Jaan_Tonisson_(Lasteleht), lk 67
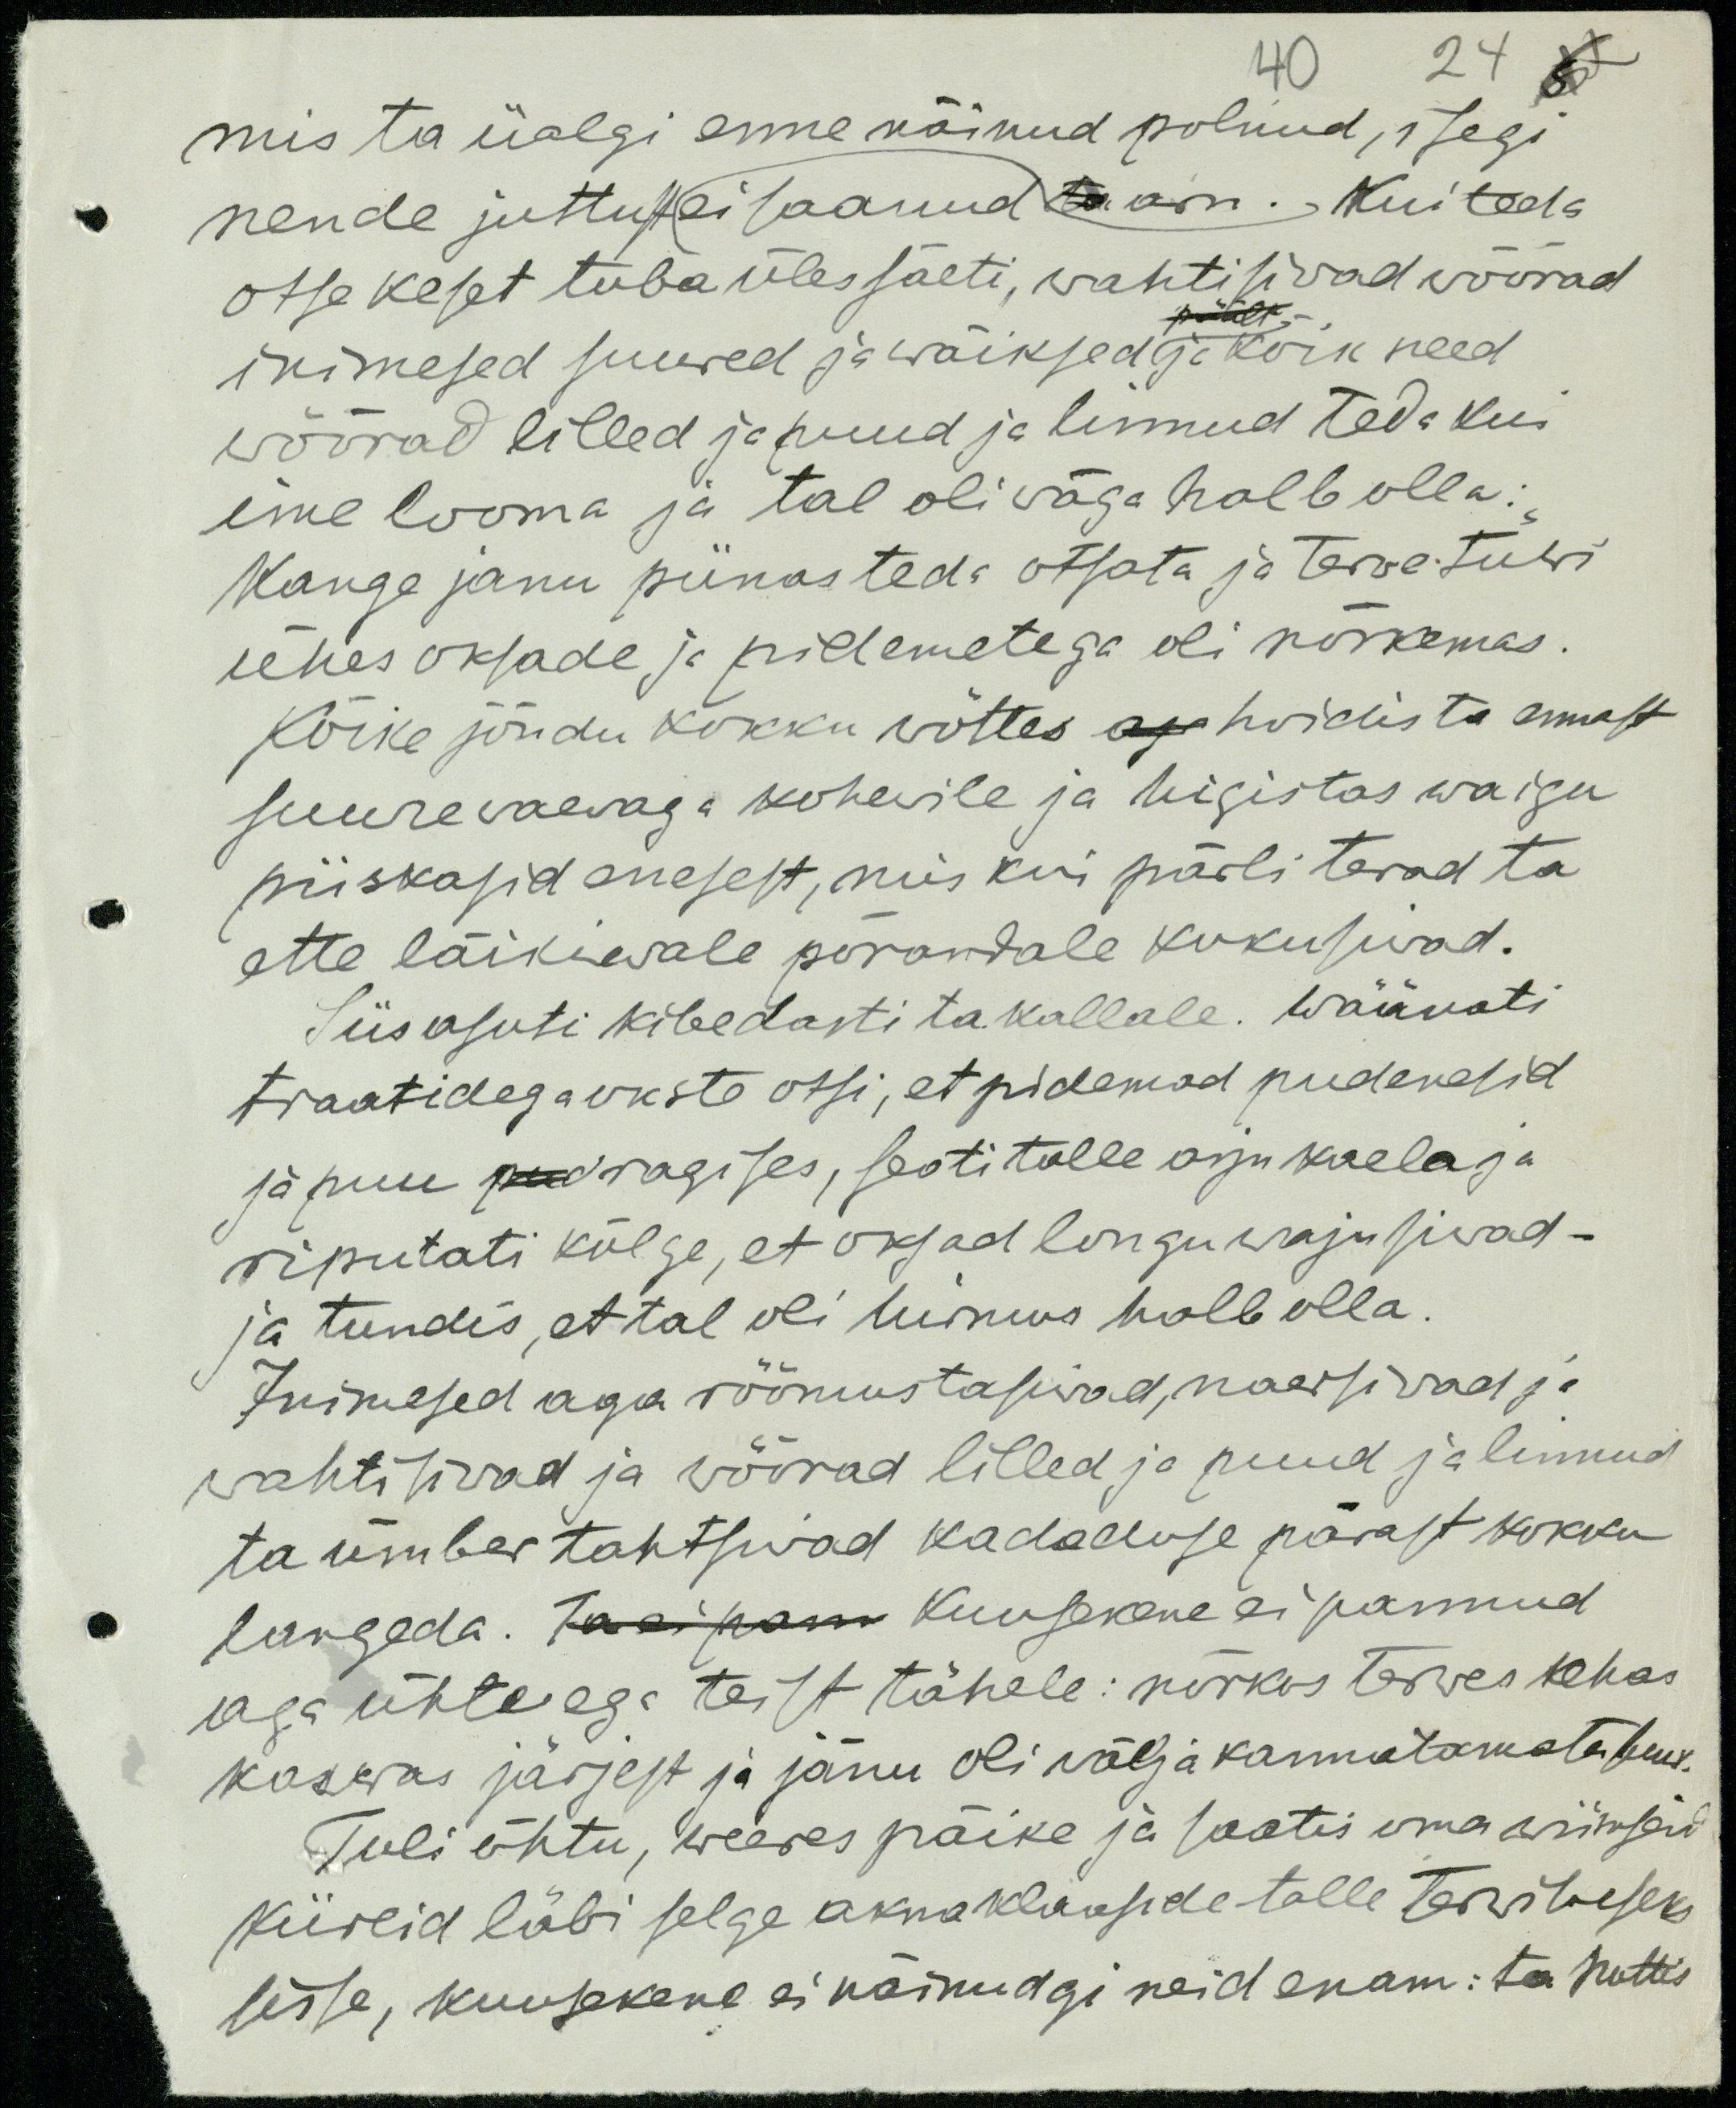
40 24
mis ta iialgi enne näinud polnud, isegi
nende juttu ei saanud ta aru. Kui teda
otse keset tuba üles säeti, wahtisiwad  wõõrad
päält
inimesed suured ja wäiksed ja kõik need
wõõrad lilled ja puud ja linnud teda kui
ime looma ja tal oli wäga halb olla:
Kange janu piinas teda otsata ja terwe tüwi
ühes oksade ja pidemetega oli nõrkemas.
Kõike jõudu kokku wõttes aga hoidis ta ennast
suure waewaga kohewile ja higistas waigu
piiskasid enesest, mis kui pärli terad ta
ette läikiwale põrandale kukusiwad.
Siis asuti kibedasti ta kallale. Wäänati
traatidega okste otsi, et pidemad pudenesid
ja puu pud ragises, seoti tolle asju kaela ja
riputati külge, et oksad longu wajusiwad.
ja tundis, et tal oli hirmus halb olla.
Inimesed aga rõõmustasiwad, naersiwad ja
wahtisiwad ja wõõrad lilled ja puud ja linnud
ta ümber tahtsiwad kadeduse pärast kokku
langeda. Ja ei pann Kuusekene ei pannud
aga ühte ega teist tähele: nõrkus terwes kehas
kaswas järjest ja jänu oli wälja kannatamata suur.
Tuli õhtu, weeres päike ja saatis oma wiimseid
kiireid läbi selge aknaklaaside talle terwituseks
sisse, kuusekene ei näinudgi neid enam: ta nuttis